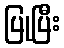
ပြုပြီး